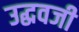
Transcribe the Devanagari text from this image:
उद्धवजी